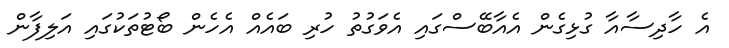
އެ ހާދިސާއާ ގުޅިގެން އެއާބޭސްގައި އެވަގުތު ހުރި ބައެއް އެހެން ބޯޓުތަކުގައި އަލިފާން